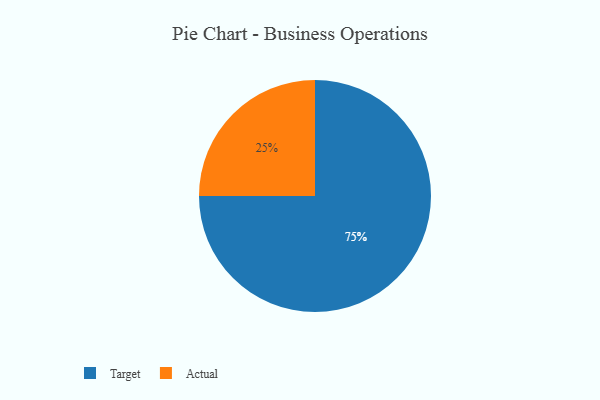
{"axis": {"x": "Category", "y": "Percentage"}, "legend": ["Actual", "Target"], "data": [{"x": "Target", "y": 75, "type": "Target"}, {"x": "Actual", "y": 25, "type": "Actual"}]}